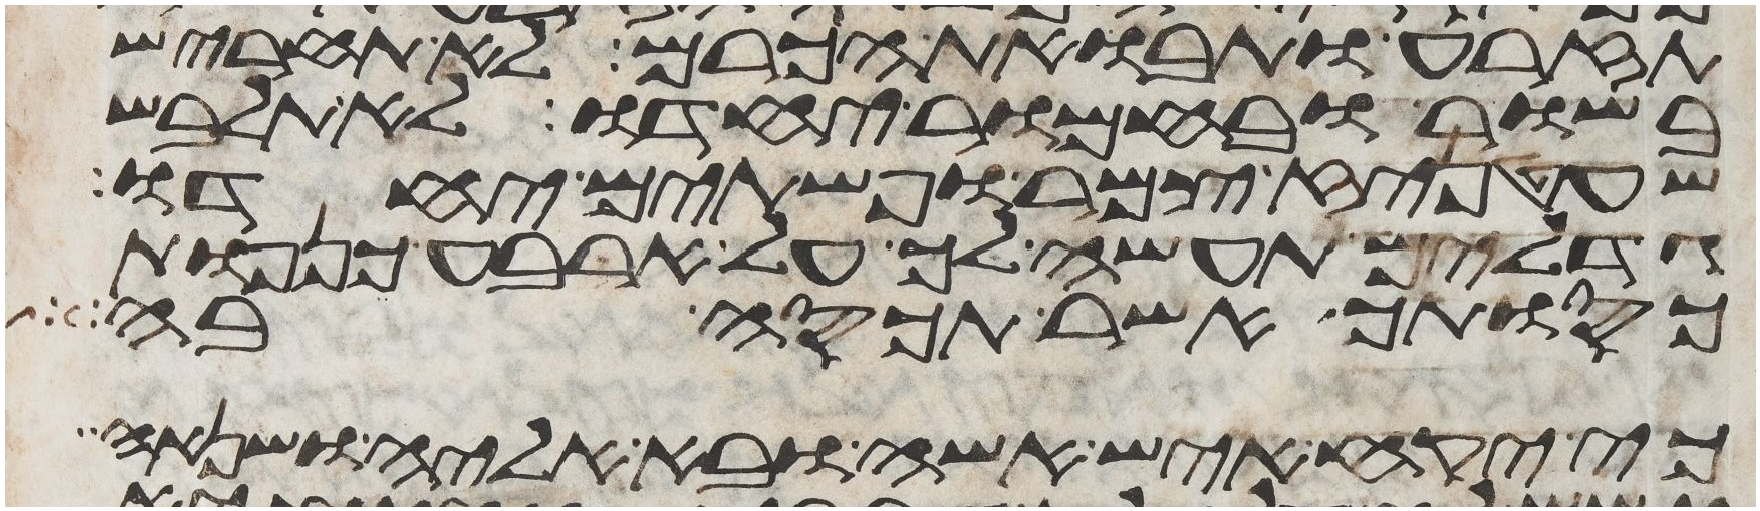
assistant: תזרע ותבואת הכרם לא תחריש
בשור ובחמור יחדו לא תלבש
שעטניז צמר ופשתים יחדו
גדלים תעשה לך על ארבע כנפות
כסותך אשר תכסה בה
כי יקח איש אשה ובא אליה ושנאה